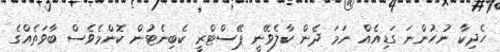
ހެދިކާ ނުހުންނަ ގަޑިއެއް ނަމަ ދެން ކާލެވޭނީ ޕޭސްޓްރީ ކެބިނެޓުން ކޮންމެވެސް ބާވަތެއްގެ